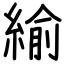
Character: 緰